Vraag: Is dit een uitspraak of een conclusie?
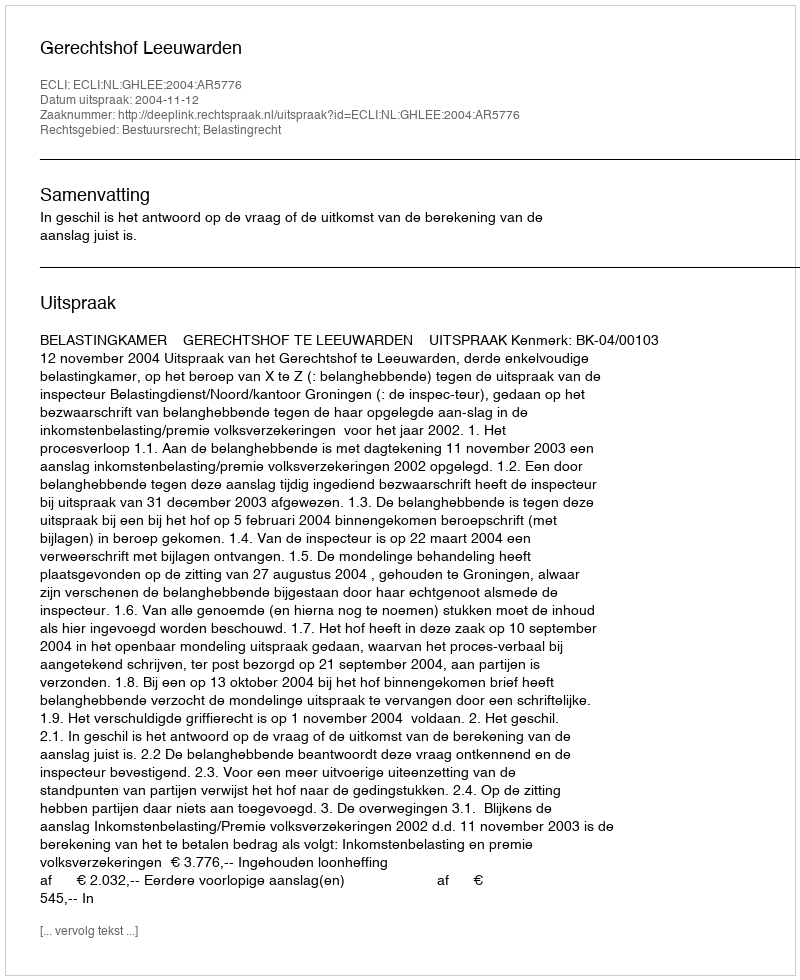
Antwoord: Uitspraak